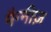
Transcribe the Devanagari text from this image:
मैग्नीज़